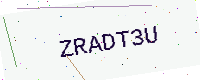
Text: ZRADT3U